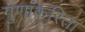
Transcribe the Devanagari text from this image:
गुणांकरिता